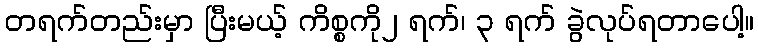
တရက်တည်းမှာ ပြီးမယ့် ကိစ္စကို၂ ရက်၊ ၃ ရက် ခွဲလုပ်ရတာပေါ့။